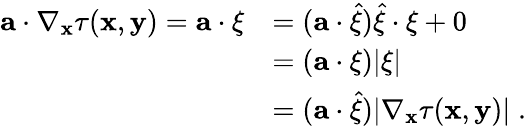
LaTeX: \begin{array}{rl}{\mathbf{a}\cdot\nabla_{\mathbf{x}}\tau(\mathbf{x},\mathbf{y})=\mathbf{a}\cdot\mathbf{\xi}}&{=(\mathbf{a}\cdot\widehat{\mathbf{\xi}})\widehat{\mathbf{\xi}}\cdot\mathbf{\xi}+0}\\ &{=(\mathbf{a}\cdot\mathbf{\xi})|\mathbf{\xi}|}\\ &{=(\mathbf{a}\cdot\widehat{\xi})|\nabla_{\mathbf{x}}\tau(\mathbf{x},\mathbf{y})|\; .}\end{array}